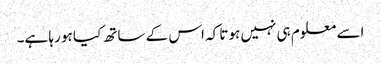
اسے معلوم ہی نہیں ہوتا کہ اس کے ساتھ کیا ہو رہا ہے۔